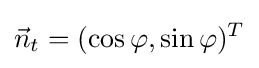
{\vec {n}}_{t}=(\cos \varphi ,\sin \varphi )^{T}